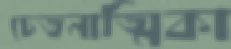
চেতনাত্মিকা